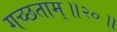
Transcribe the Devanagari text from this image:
गच्छताम्‌॥२०॥